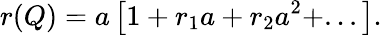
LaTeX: r(Q)=a\left[1+r_{1}a+r_{2}a^{2}+...\right].